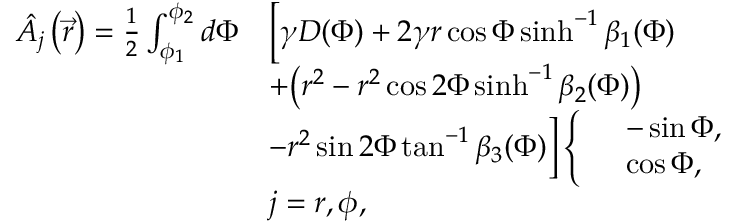
\begin{array} { r l } { \hat { A } _ { j } \left( \vec { r } \right) = \frac { 1 } { 2 } \int _ { \phi _ { 1 } } ^ { \phi _ { 2 } } d \Phi } & { \Big [ \gamma D ( \Phi ) + 2 \gamma r \cos { \Phi } \sinh ^ { - 1 } { \beta _ { 1 } ( \Phi ) } } \\ & { + \big ( r ^ { 2 } - r ^ { 2 } \cos { 2 \Phi } \sinh ^ { - 1 } { \beta _ { 2 } ( \Phi ) } \big ) } \\ & { - r ^ { 2 } \sin { 2 \Phi } \tan ^ { - 1 } { \beta _ { 3 } ( \Phi ) } \Big ] \left\{ \begin{array} { l l } & { - \sin { \Phi } , } \\ & { \cos { \Phi } , } \end{array} \right. } \\ & { j = r , \phi , } \end{array}